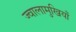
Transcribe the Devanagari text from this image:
ज्वालामुखियाँ